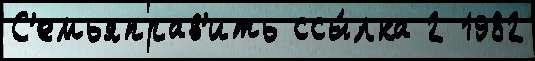
С'емьяправ'ить ссы́лка 2 1982